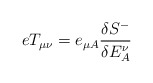
\begin{align*}eT_{\mu\nu}= e_{\mu A}\frac{\delta{S}^-}{\delta E^\nu_A}\end{align*}